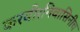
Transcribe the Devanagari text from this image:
करवीरनिवासिनीच